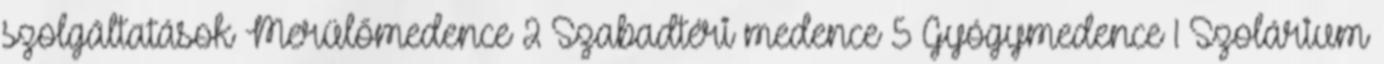
szolgáltatások Merülőmedence 2 Szabadtéri medence 5 Gyógymedence 1 Szolárium